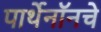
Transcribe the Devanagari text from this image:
पार्थेनॉनचे